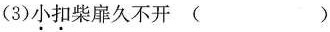
（3）小扣柴扉久不开（ ）